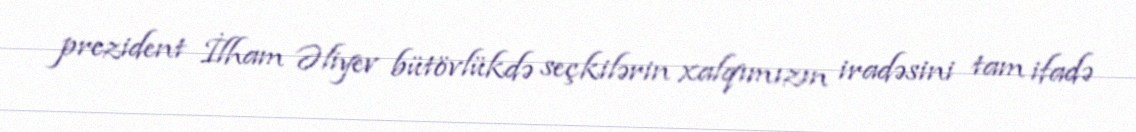
prezident İlham Əliyev bütövlükdə seçkilərin xalqımızın iradəsini tam ifadə